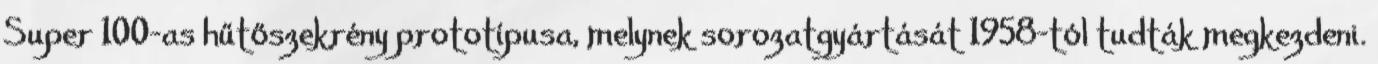
Super 100-as hűtőszekrény prototípusa, melynek sorozatgyártását 1958-tól tudták megkezdeni.